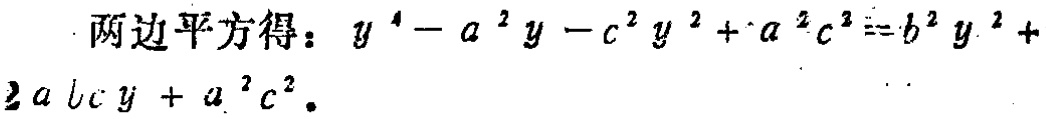
两边平方得：\(y^{4}-a^{2}y - c^{2}y^{2}+a^{2}c^{2}=b^{2}y^{2}+2abc y + a^{2}c^{2}\)。